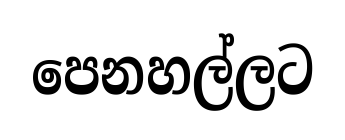
පෙනහල්ලට